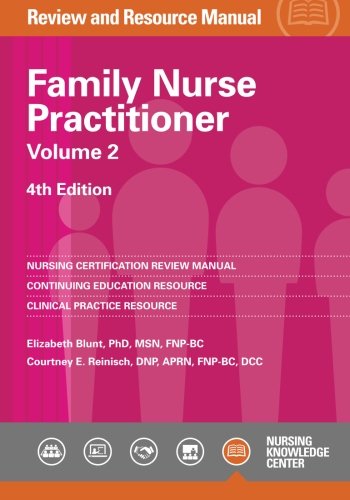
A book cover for Family Nurse Practitioner Review Manual, 4th Edition - Volume 2; Elizabeth Blunt; Test Preparation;